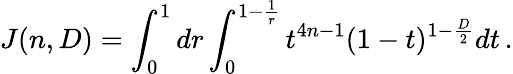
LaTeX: J(n,D)=\int_{0}^{1}dr\int_{0}^{1-\frac{1}{r}}t^{4n-1}(1-t)^{1-\frac{D}{2}}dt\, .